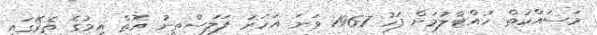
މަސައްކަތް ހުއްޓާލުމަށް ފަހު 1967 ވަނަ އަހަރު ފަލަސްތީނު އޮތް އިމުގެ ތެރޭގައި